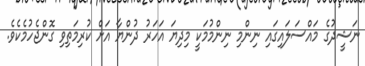
ނަޝީދުގެ މައްސަލައިގައި ނިންމި ނިންމުމަކީ މިދިޔަ އަހަރު ދުންޔާ އަށް ކުރިމަތިވި ގޮންޖެހުމެކެވެ.